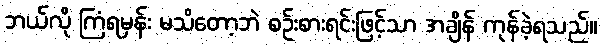
ဘယ်လို ကြံရမှန်း မသိတော့ဘဲ စဉ်းစားရင်းဖြင့်သာ အချိန် ကုန်ခဲ့ရသည်။